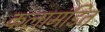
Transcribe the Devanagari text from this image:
कलामंडित